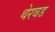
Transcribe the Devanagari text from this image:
थेरवड